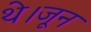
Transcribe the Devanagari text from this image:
थे।जून